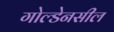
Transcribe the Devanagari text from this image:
गोल्डेनसील